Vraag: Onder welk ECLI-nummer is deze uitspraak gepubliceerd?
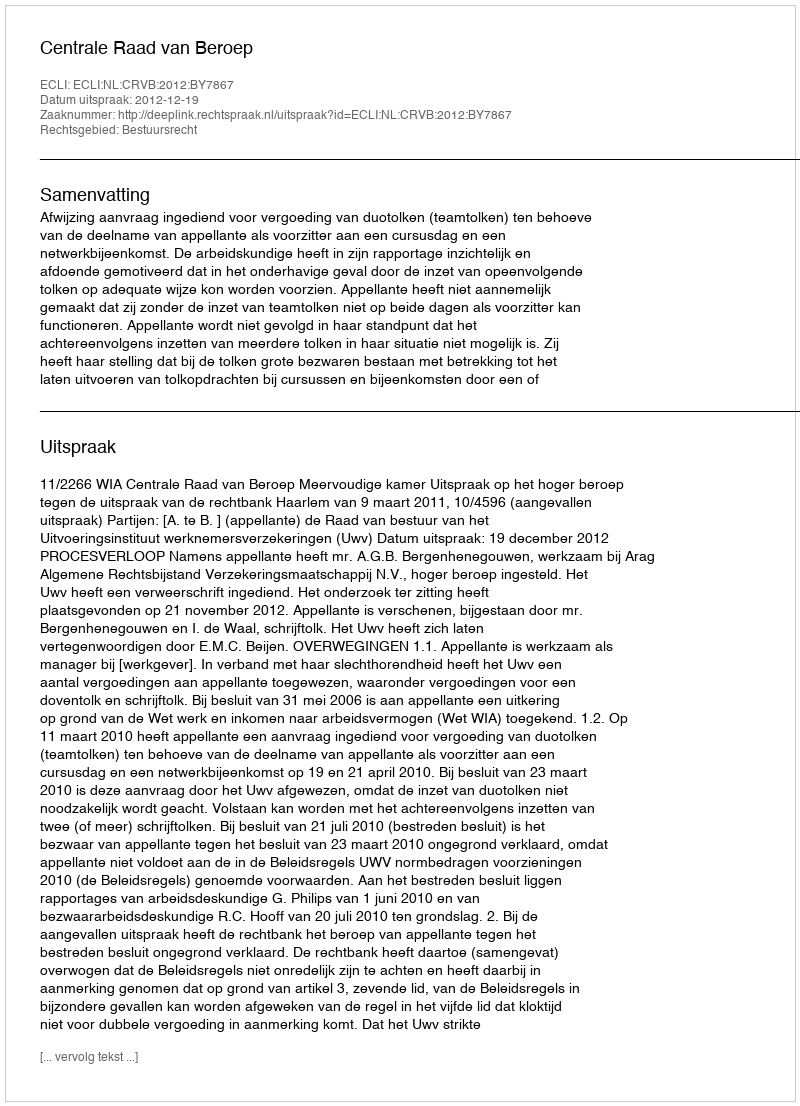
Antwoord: ECLI:NL:CRVB:2012:BY7867